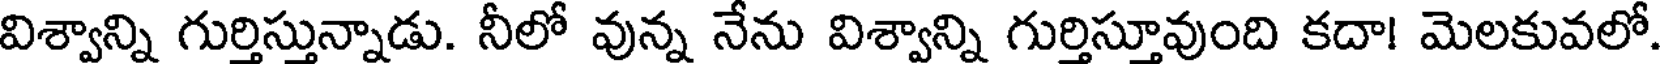
విశ్వాన్ని గుర్తిస్తున్నాడు. నీలో వున్న నేను విశ్వాన్ని గుర్తిస్తూవుంది కదా! మెలకువలో.